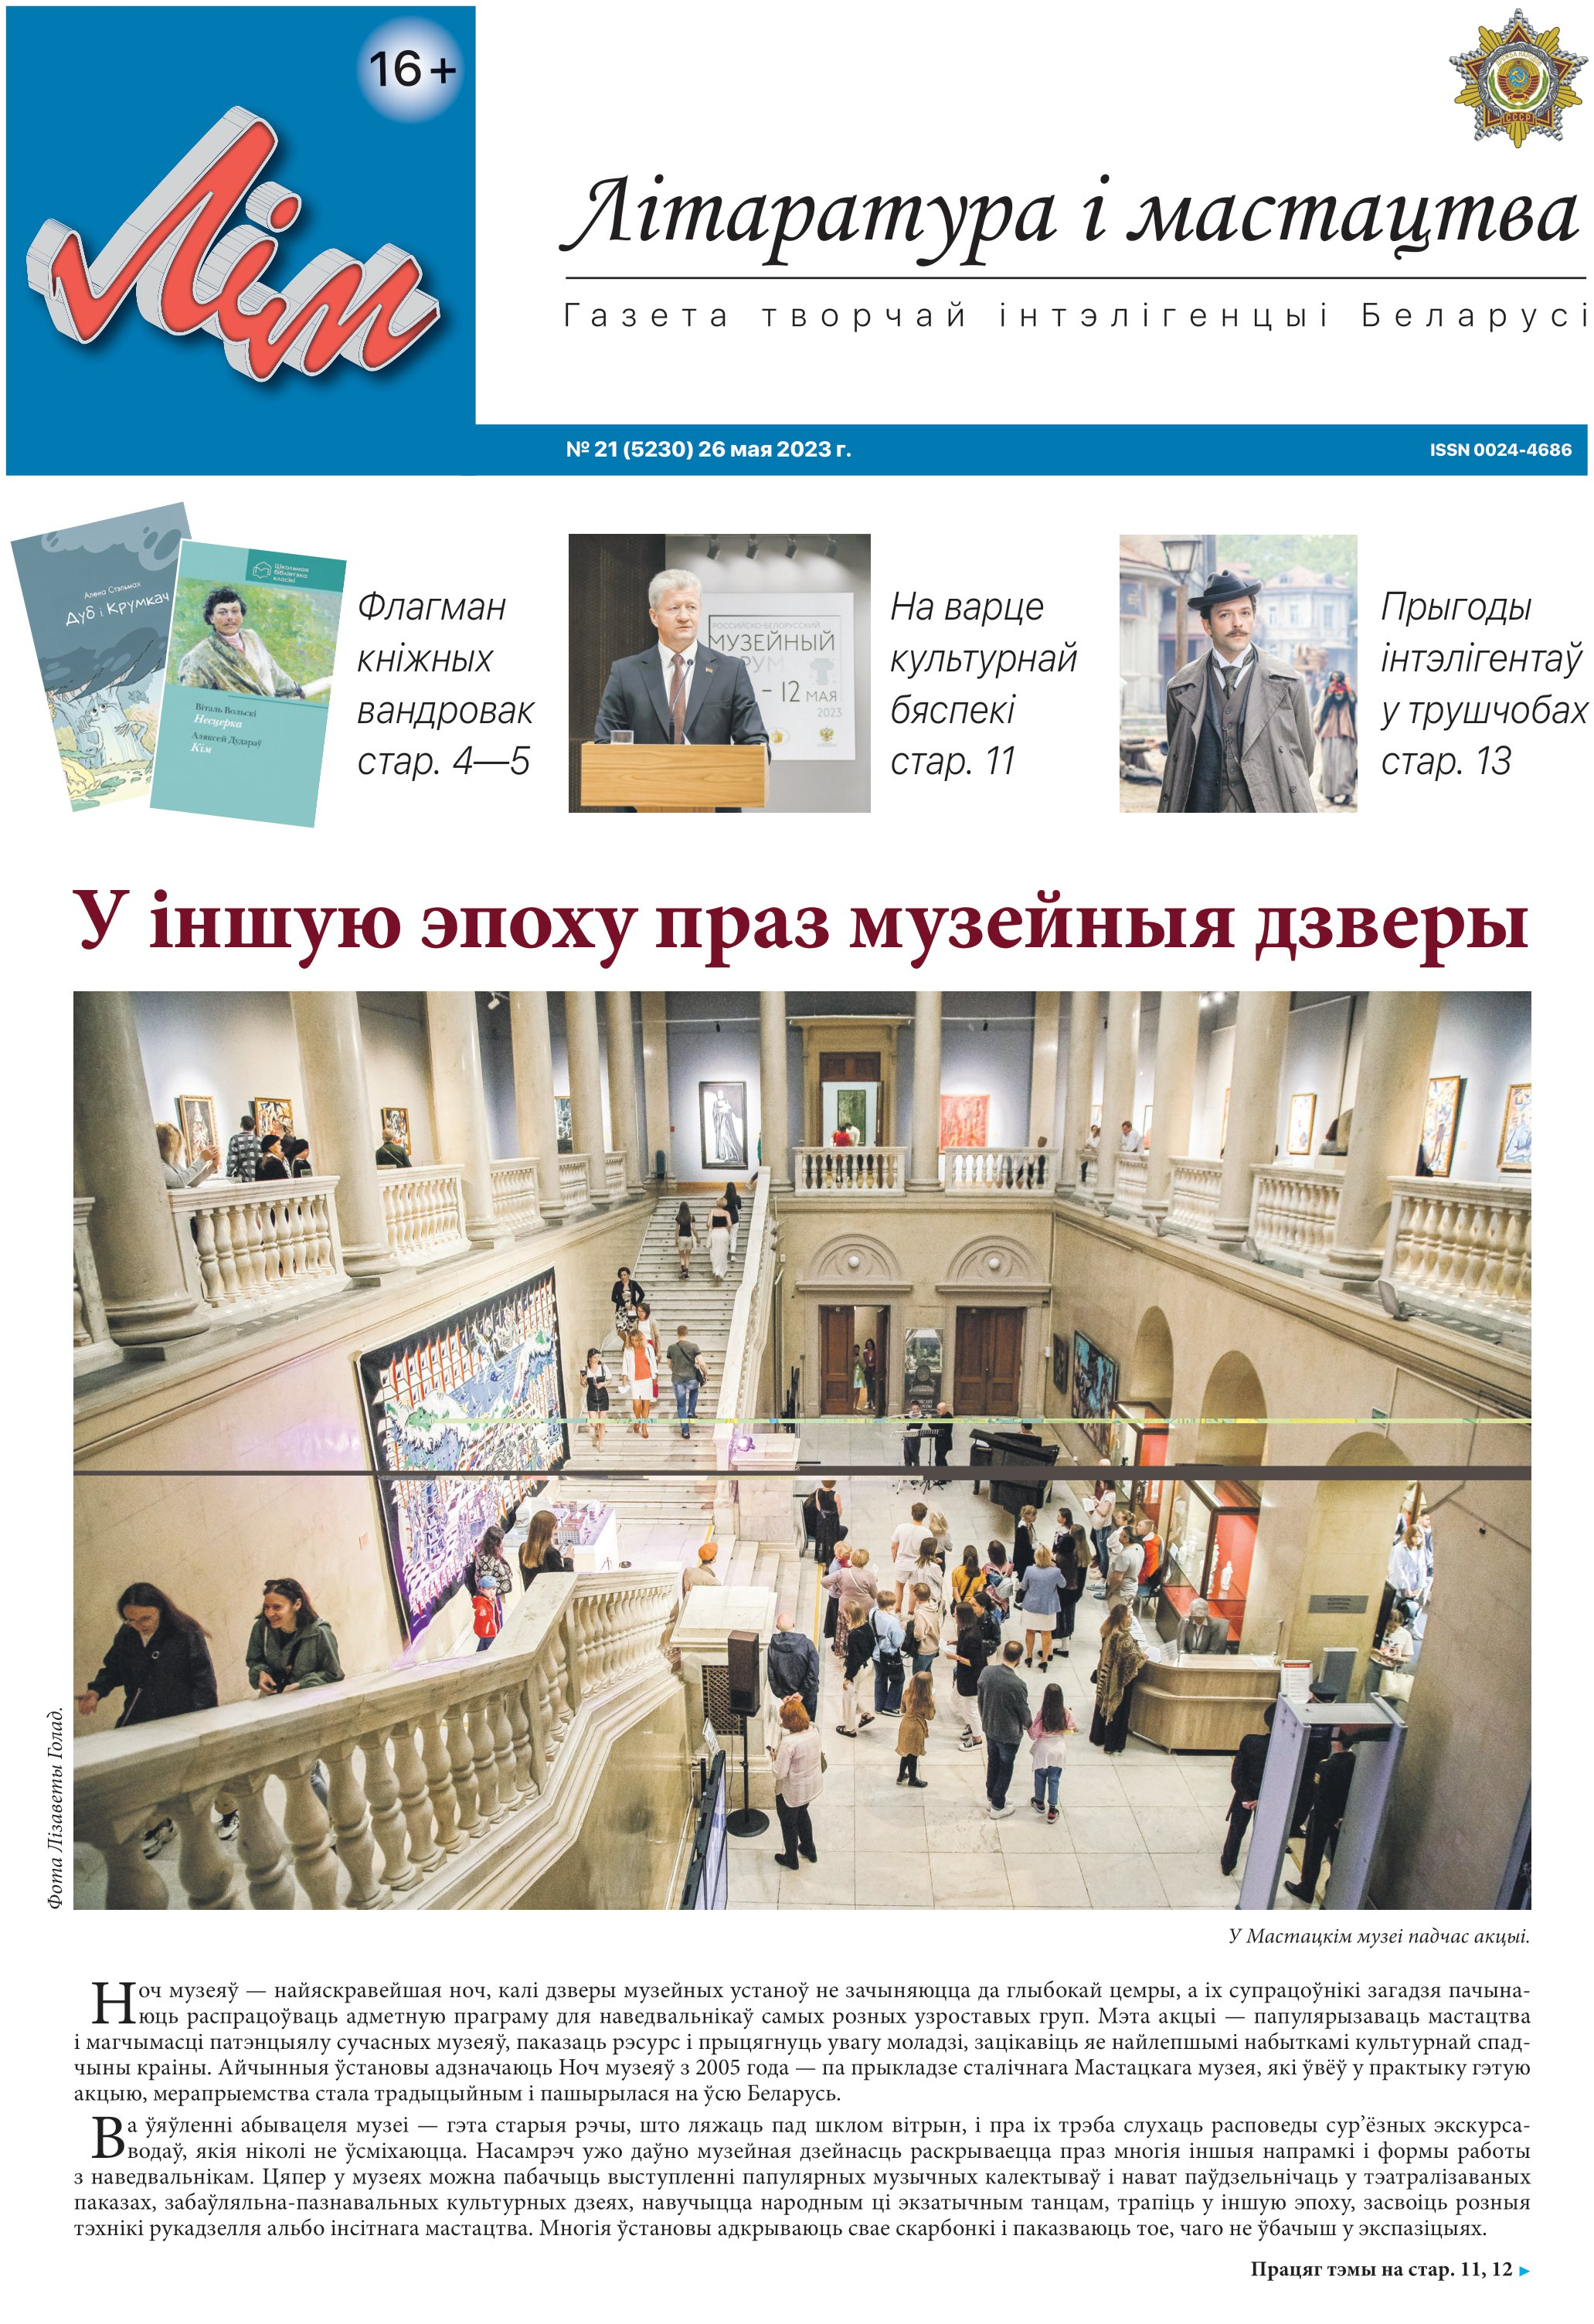
Language: be